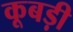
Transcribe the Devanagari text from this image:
कूबड़ी